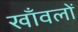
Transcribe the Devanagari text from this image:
खाँवलों